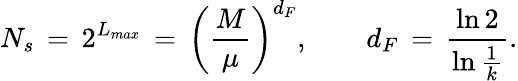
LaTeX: N_{s}\, =\, 2^{L_{max}}\, =\, \left(\frac{M}{\mu}\right)^{d_{F}},\qquad d_{F}\, =\, \frac{\ln 2}{\ln\frac{1}{k}}.